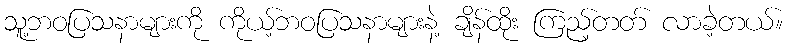
သူ့ဘဝပြသနာများကို ကိုယ့်ဘဝပြသနာများနဲ့ ချိန်ထိုး ကြည့်တတ် လာခဲ့တယ်။